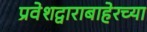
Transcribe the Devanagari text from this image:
प्रवेशद्वाराबाहेरच्या